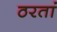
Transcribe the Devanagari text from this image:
ठरतां